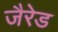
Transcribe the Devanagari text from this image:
जैरेड